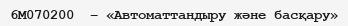
6М070200  – «Автоматтандыру және басқару»